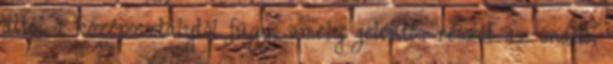
attól a középosztálytól függ, amely jelentôs részét az önálló,